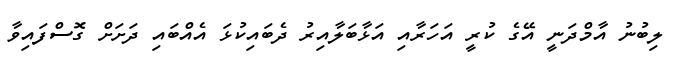
ލިބުނު އާމްދަނީ އޭގެ ކުރީ އަހަރާއި އަޅާބަލާއިރު ދެބައިކުޅަ އެއްބައި ދަށަށް ގޮސްފައިވާ